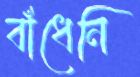
বাঁধেনি